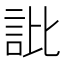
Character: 䚹